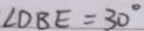
\angle D B E = 3 0 ^ { \circ }